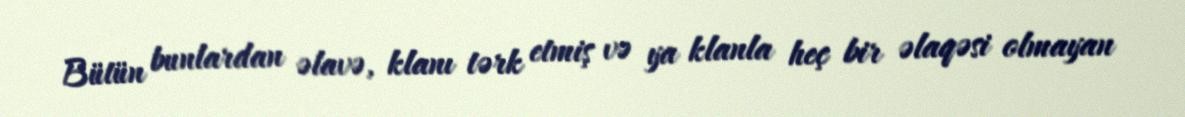
Bütün bunlardan əlavə, klanı tərk etmiş və ya klanla heç bir əlaqəsi olmayan